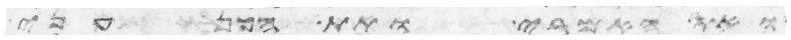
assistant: ואת האמרי ואת הכנעני